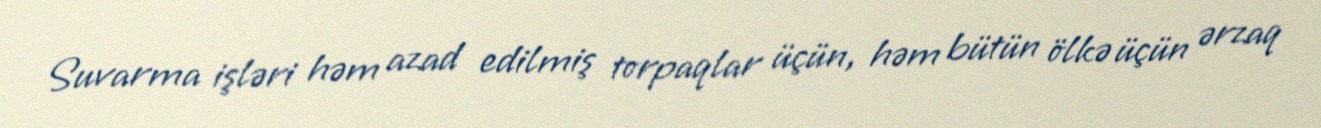
Suvarma işləri həm azad edilmiş torpaqlar üçün, həm bütün ölkə üçün ərzaq